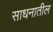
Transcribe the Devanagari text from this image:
साधनातील